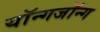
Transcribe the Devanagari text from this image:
यॉन्गजॉन्ग